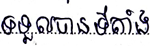
ទទួលបានទីតាំង